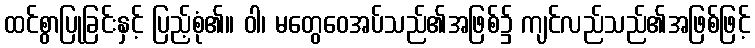
ထင်စွာပြုခြင်းနှင့် ပြည့်စုံ၏။ ဝါ၊ မတွေဝေအပ်သည်၏အဖြစ်၌ ကျင်လည်သည်၏အဖြစ်ဖြင့်